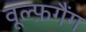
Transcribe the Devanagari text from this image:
वूल्फ़गैंग